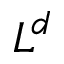
L ^ { d }